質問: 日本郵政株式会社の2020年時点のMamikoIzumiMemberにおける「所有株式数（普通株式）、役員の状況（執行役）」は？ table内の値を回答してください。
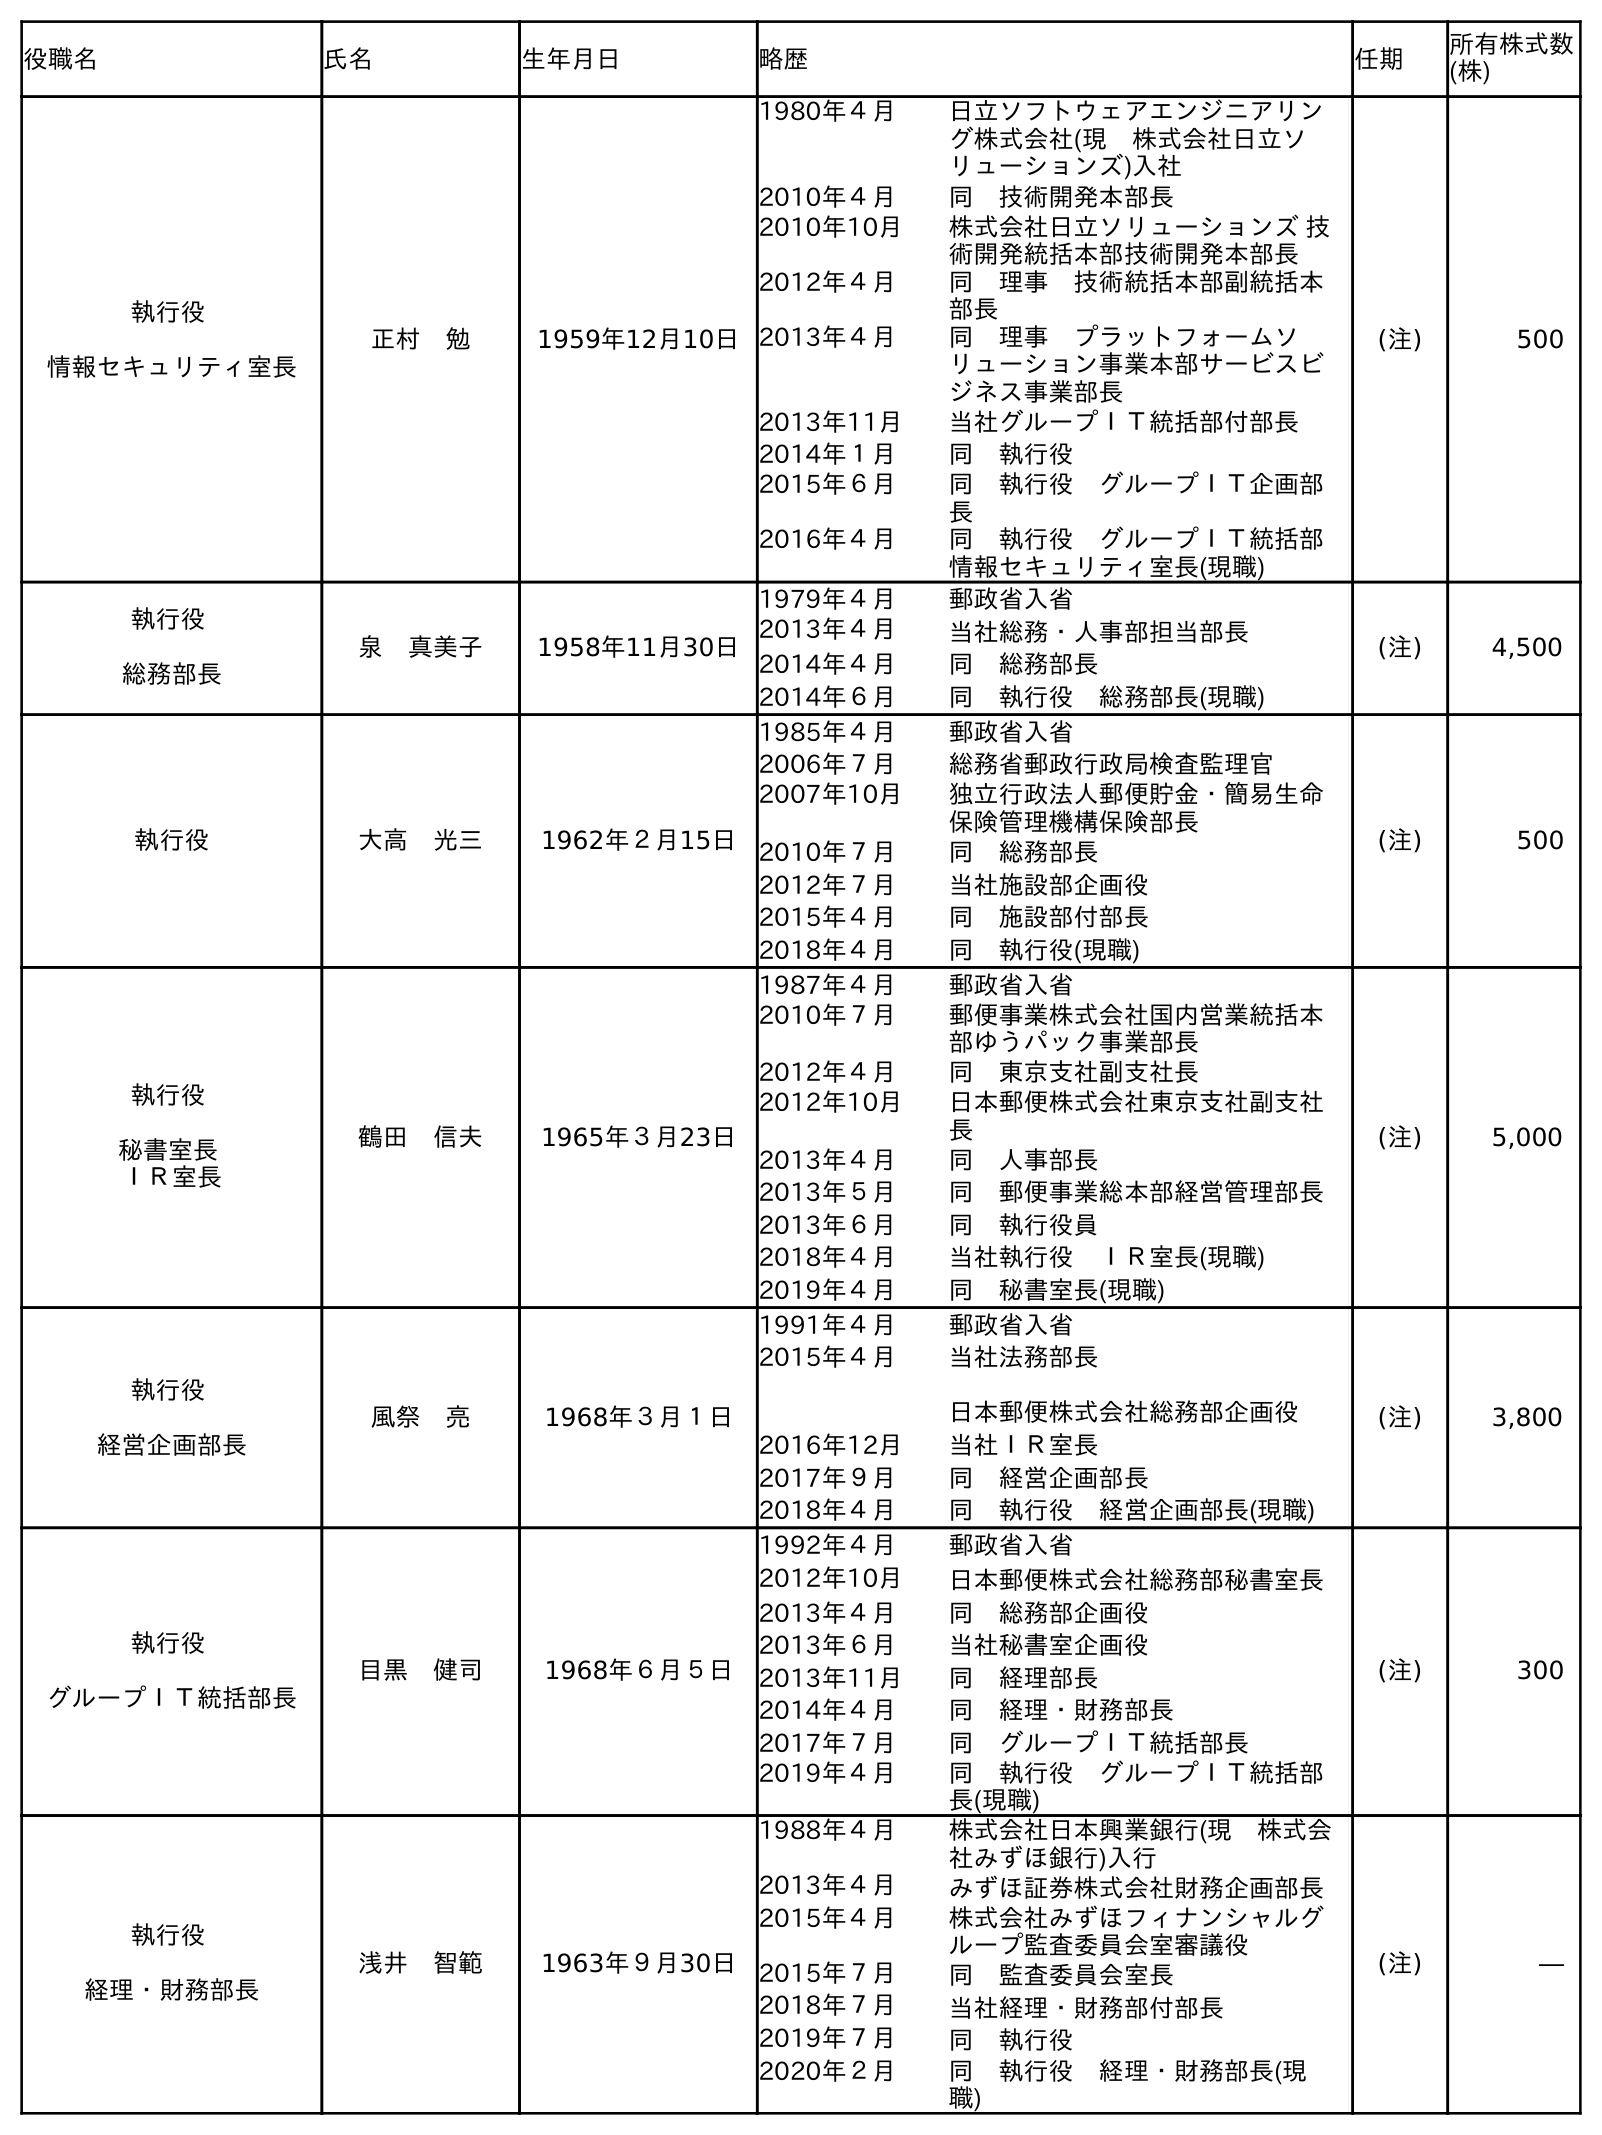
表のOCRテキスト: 役職名 氏名 生年月日 略歴 任期 所有株式数 (株) 執行役 情報セキュリティ室長 正村 勉 1959年12月10日 1980年４月 日立ソフトウェアエンジニアリン グ株式会社(現 株式会社日立ソ リューションズ)入社 2010年４月 同 技術開発本部長 2010年10月 株式会社日立ソリューションズ 技 術開発統括本部技術開発本部長 2012年４月 同 理事 技術統括本部副統括本 部長 2013年４月 同 理事 プラットフォームソ リューション事業本部サービスビ ジネス事業部長 2013年11月 当社グループＩＴ統括部付部長 2014年１月 同 執行役 2015年６月 同 執行役 グループＩＴ企画部 長 2016年４月 同 執行役 グループＩＴ統括部 情報セキュリティ室長(現職) (注) 500 執行役 総務部長 泉 真美子 1958年11月30日 1979年４月 郵政省入省 2013年４月 当社総務・人事部担当部長 2014年４月 同 総務部長 2014年６月 同 執行役 総務部長(現職) (注) 4,500 執行役 大高 光三 1962年２月15日 1985年４月 郵政省入省 2006年７月 総務省郵政行政局検査監理官 2007年10月 独立行政法人郵便貯金・簡易生命 保険管理機構保険部長 2010年７月 同 総務部長 2012年７月 当社施設部企画役 2015年４月 同 施設部付部長 2018年４月 同 執行役(現職) (注) 500 執行役 秘書室長 ＩＲ室長 鶴田 信夫 1965年３月23日 1987年４月 郵政省入省 2010年７月 郵便事業株式会社国内営業統括本 部ゆうパック事業部長 2012年４月 同 東京支社副支社長 2012年10月 日本郵便株式会社東京支社副支社 長 2013年４月 同 人事部長 2013年５月 同 郵便事業総本部経営管理部長 2013年６月 同 執行役員 2018年４月 当社執行役 ＩＲ室長(現職) 2019年４月 同 秘書室長(現職) (注) 5,000 執行役 経営企画部長 風祭 亮 1968年３月１日 1991年４月 郵政省入省 2015年４月 当社法務部長 日本郵便株式会社総務部企画役 2016年12月 当社ＩＲ室長 2017年９月 同 経営企画部長 2018年４月 同 執行役 経営企画部長(現職) (注) 3,800 執行役 グループＩＴ統括部長 目黑 健司 1968年６月５日 1992年４月 郵政省入省 2012年10月 日本郵便株式会社総務部秘書室長 2013年４月 同 総務部企画役 2013年６月 当社秘書室企画役 2013年11月 同 経理部長 2014年４月 同 経理・財務部長 2017年７月 同 グループＩＴ統括部長 2019年４月 同 執行役 グループＩＴ統括部 長(現職) (注) 300 執行役 経理・財務部長 浅井 智範 1963年９月30日 1988年４月 株式会社日本興業銀行(現 株式会 社みずほ銀行)入行 2013年４月 みずほ証券株式会社財務企画部長 2015年４月 株式会社みずほフィナンシャルグ ループ監査委員会室審議役 2015年７月 同 監査委員会室長 2018年７月 当社経理・財務部付部長 2019年７月 同 執行役 2020年２月 同 執行役 経理・財務部長(現 職) (注) ―
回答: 4,500